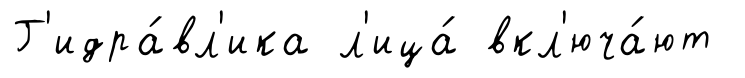
Г'идра́вл'ика л'ица́ вкл'юча́ют